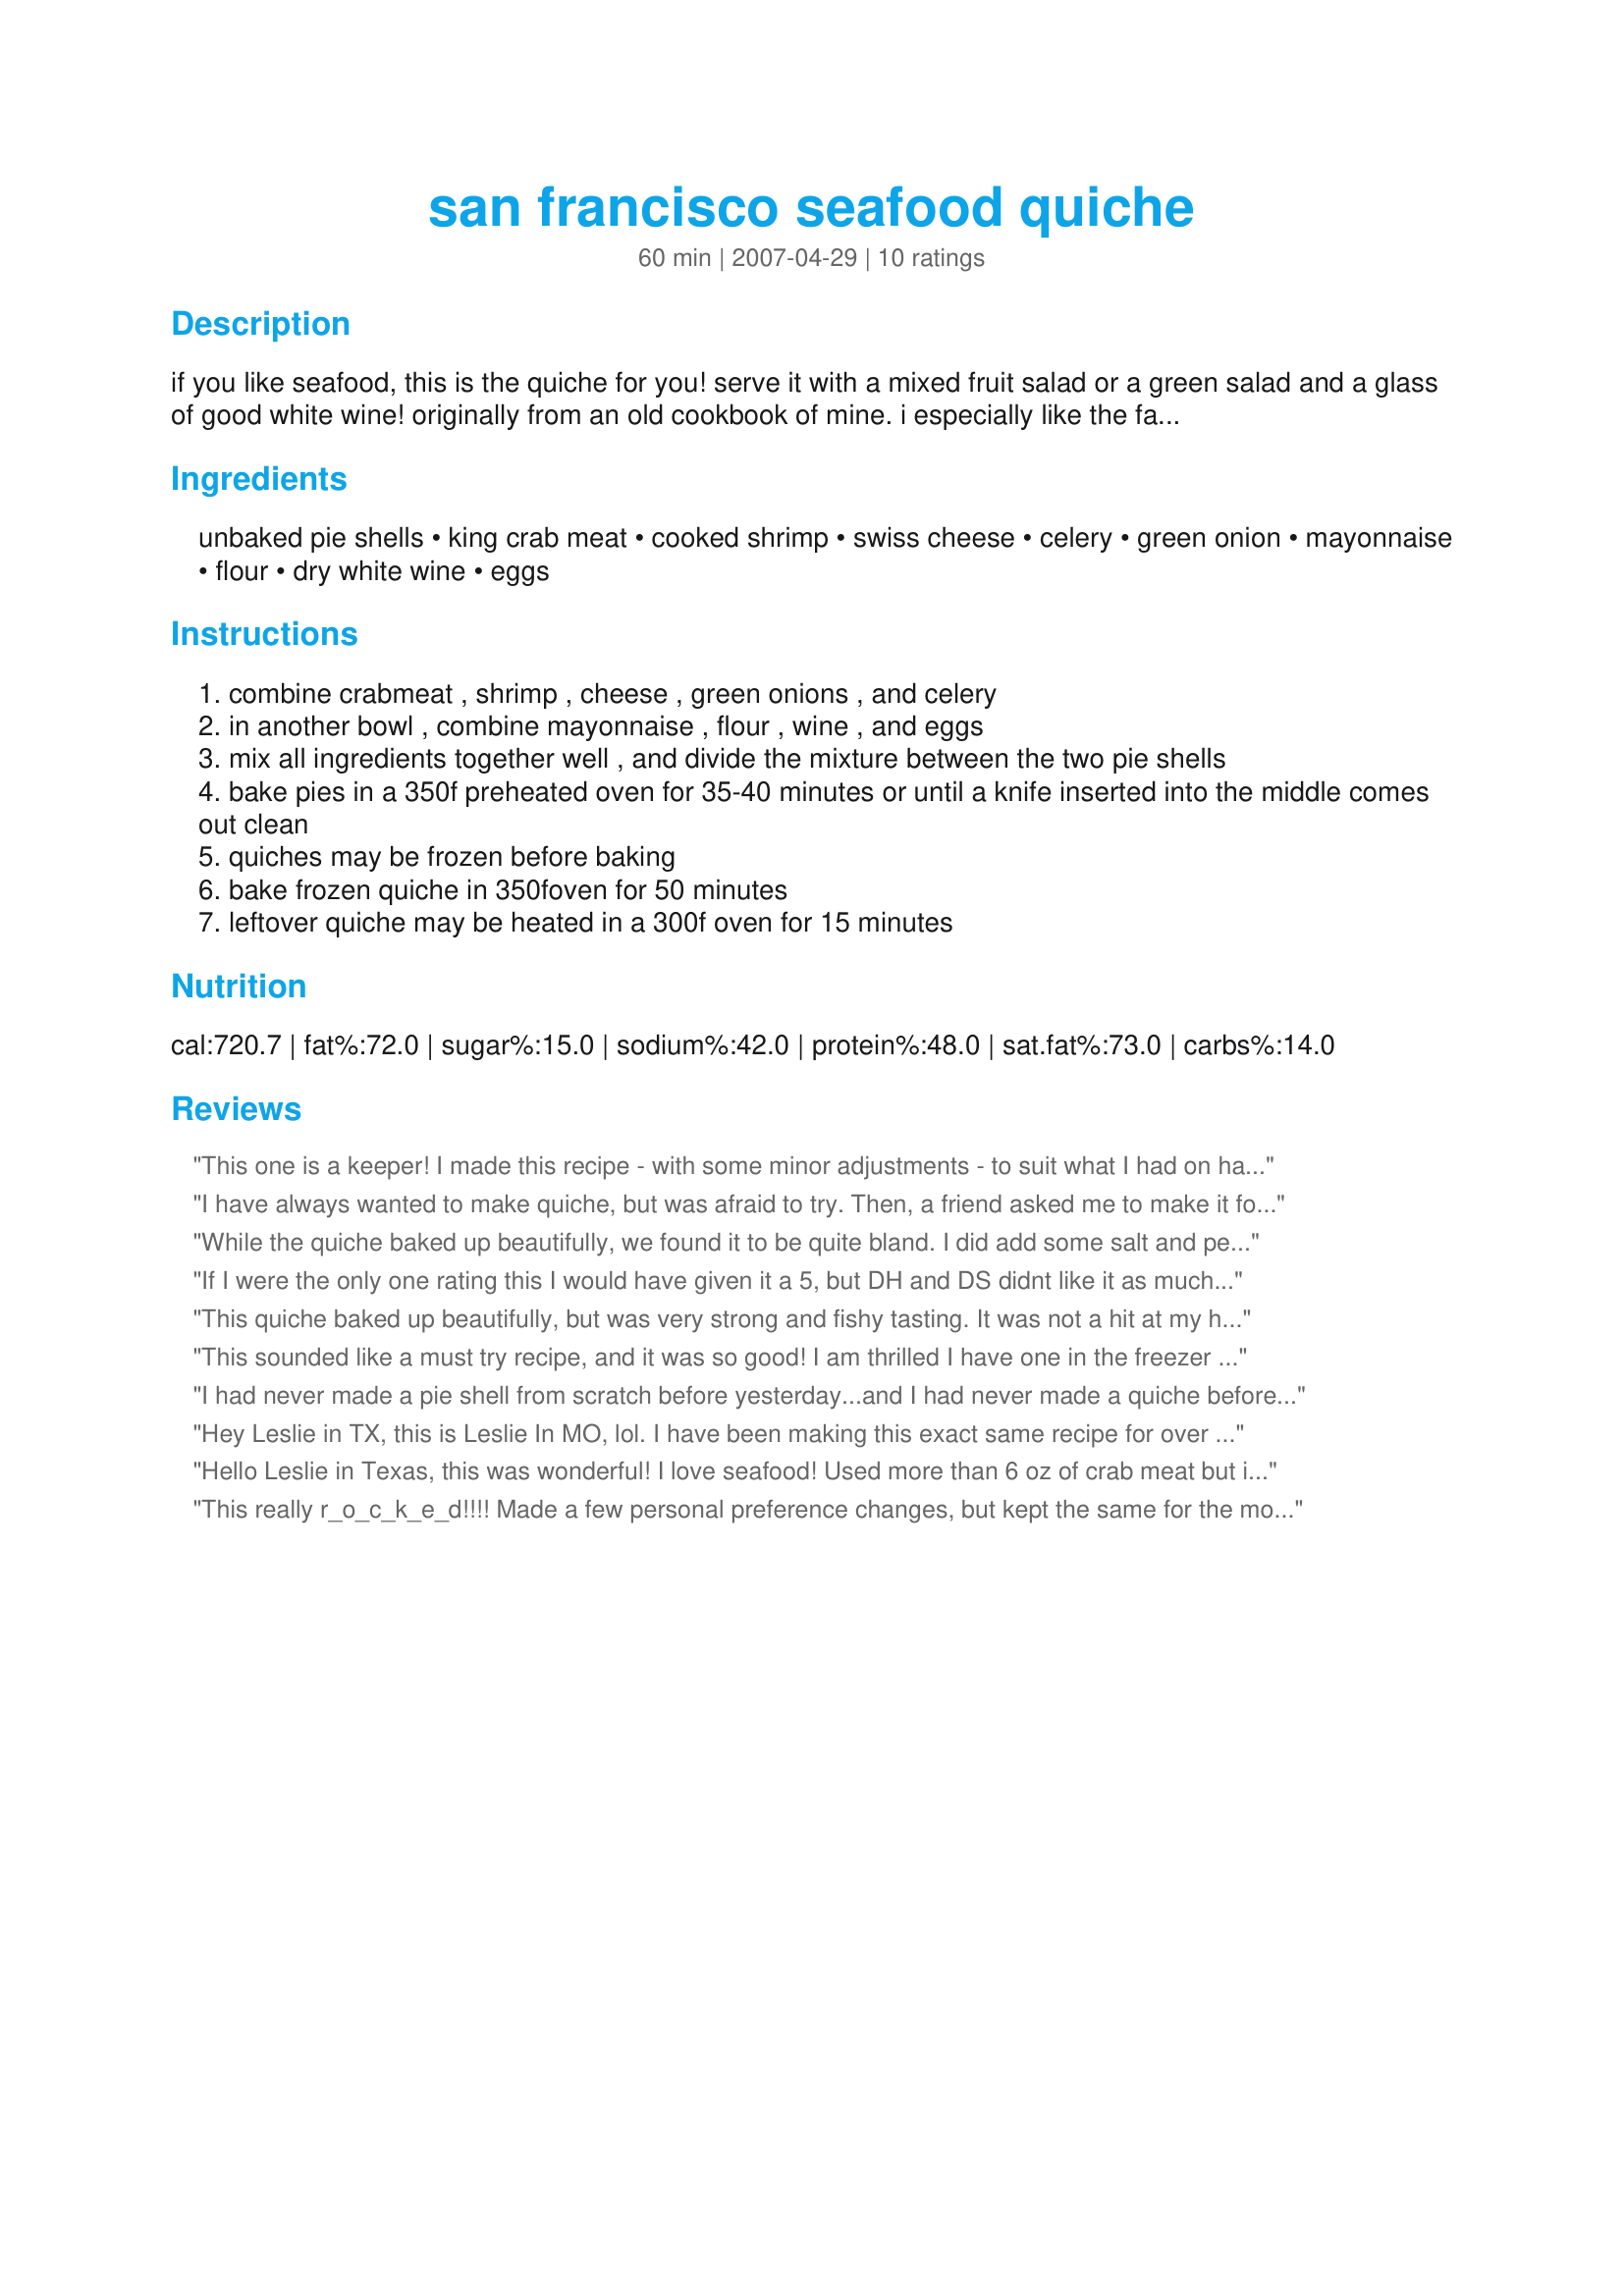
san francisco seafood quiche
Preparation time: 60 minutes

if you like seafood, this is the quiche for you! serve it with a mixed fruit salad or a green salad and a glass of good white wine! originally from an old cookbook of mine. i especially like the fact that it makes two quiches- one to eat and one to freeze for later!

Ingredients:
unbaked pie shells, king crab meat, cooked shrimp, swiss cheese, celery, green onion, mayonnaise, flour, dry white wine, eggs

Steps:
combine crabmeat , shrimp , cheese , green onions , and celery
in another bowl , combine mayonnaise , flour , wine , and eggs
mix all ingredients together well , and divide the mixture between the two pie shells
bake pies in a 350f preheated oven for 35-40 minutes or until a knife inserted into the middle comes out clean
quiches may be frozen before baking
bake frozen quiche in 350foven for 50 minutes
leftover quiche may be heated in a 300f oven for 15 minutes

Reviews:
This one is a keeper! I made this recipe - with some minor adjustments - to suit what I had on hand. but the bones of this recipe are really good. had a lot of rave reviews with this recipe - had to forward it to a few people. <br/><br/>substituted the celery - for red and orange bell pepper<br/>cut the wine in half - used dry rose instead of white <br/>added 10% cream to eggs <br/>substituted the seafood with - 2 cans of canned crab meat and one can of shrimp cocktail<br/>substituted the swiss cheese with - yellow and white shredded cheddar and added 1/4 cup Parmesan cheese <br/>add freshly chopped italian parsley
I have always wanted to make quiche, but was afraid to try. Then, a friend asked me to make it for Saturday brunch and I did. I can never say no when someone asks me to cook:) This recipe seemed perfect and it was. I added scallops, extra shrimp, an extra egg, used lump crab meat,a bit more wine because of the extra ingredients. Oh, I used gruyere instead of swiss. My friend was very pleased with the outcome and so was I. If you love quiche and seafood then this is certainly a recipe to try.
While the quiche baked up beautifully, we found it to be quite bland. I did add some salt and pepper and some Old Bay seasoning and it still needed more. Also, we found the wine taste to be too strong. Next time I think I will reduce the wine, maybe add some cream and definitely add more spices and seasonings. May try adding some Dijon mustard and dill.... Will have to play with it. Good base though...
If I were the only one rating this I would have given it a 5, but DH and DS didnt like it as much as DD and I did. They said its not bad but not something they would request. I on the other hand thought it was GREAT. I loved the seafood in this, and the wine with the egg was a nice change of taste. Thank you so much for sharing this with us.
This quiche baked up beautifully, but was very strong and fishy tasting. It was not a hit at my house. My son and boyfriend would not eat it. The crab flavor was a bit overwhelming, completely overshadowing the more delicate shrimp flavor. Next time I will use less crabmeat.
This sounded like a must try recipe, and it was so good! I am thrilled I have one in the freezer for another time.
I had never made a pie shell from scratch before yesterday...and I had never made a quiche before (I am a relative newbie to cooking even though I am 50!!) Anyway..this turned out beautifully! I will definitely make it again! It is in my cookbook... LOL
Hey Leslie in TX, this is Leslie In MO, lol. I have been making this exact same recipe for over thirty years. My copy of the recipe came from Cosmopolitan magazine when Helen Gurley-Brown was editor, yikes, that's along time ago! I can't recommend this recipe enough, one of my favorites. I was going to post, but in researching found yours, and couldn't believe it was already here. Lol's, had to make a few changes, not because I wanted to, just out of necessity. Only had Maryland Blue Claw Crab meat, had only one pie shell, so I had to make from scratch second one and finally did not have enough mayo, so had to make my own! So much for and easy night, DH loved the quiche and it went so well with a green salad. Thanks again posting and the laughs.
Hello Leslie in Texas, this was wonderful! I love seafood! Used more than 6 oz of crab meat but it didn't change the wonder of it! Added a bit of Tabasco and it gave it a great kick! Thank you for posting this recipe :) - I doubled the recipe so I could have 2 in the freezer. Thanks so
much, Diane ;)
This really r_o_c_k_e_d!!!! Made a few personal preference changes, but kept the same for the most part. This will become a favorite in the house, thanks for sharing
